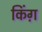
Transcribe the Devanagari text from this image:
किंग़